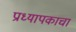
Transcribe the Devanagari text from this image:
प्राध्यापकाचा